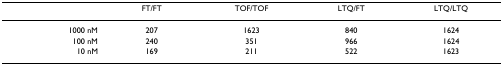
|  | FT/FT | TOF/TOF | LTQ/FT | LTQ/LTQ |
 | --- | --- | --- | --- | --- |
 | 1000 nM | 207 | 1623 | 840 | 1624 |
 | 100 nM | 240 | 351 | 966 | 1624 |
 | 10 nM | 169 | 211 | 522 | 1623 |